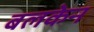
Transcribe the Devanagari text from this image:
बलकेन